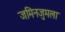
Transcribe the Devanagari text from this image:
जमिनजुमला